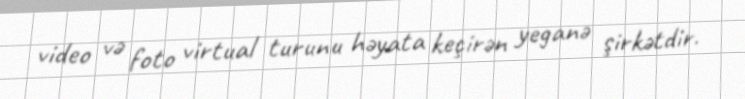
video və foto virtual turunu həyata keçirən yeganə şirkətdir.